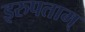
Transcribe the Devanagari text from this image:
इरुपताम्